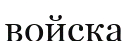
войска